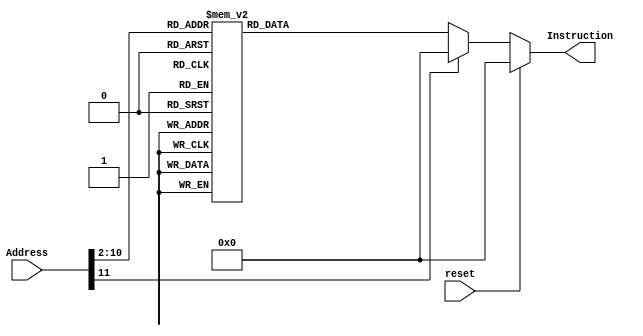
module InstructionMemory(reset, Address, Instruction);
	input reset;
	input [31:0] Address;
	output reg [31:0] Instruction;
	
	always @(*)
	   if(reset)
	       Instruction <= 32'h00000000;
	   else
	       case (Address[11:2])   //2001024
                10'd0: Instruction <= 32'h08000003;
           10'd1: Instruction <= 32'h08000158;
           10'd2: Instruction <= 32'h0800018b;
           10'd3: Instruction <= 32'h201f0014;
           10'd4: Instruction <= 32'h03e00008;
           10'd5: Instruction <= 32'h0000f820;
           10'd6: Instruction <= 32'h20080000;
           10'd7: Instruction <= 32'h3c094000;
           10'd8: Instruction <= 32'h21290008;
           10'd9: Instruction <= 32'had280000;
           10'd10: Instruction <= 32'h200802e2;
           10'd11: Instruction <= 32'hac080000;
           10'd12: Instruction <= 32'h2008177c;
           10'd13: Instruction <= 32'hac080004;
           10'd14: Instruction <= 32'h2008756a;
           10'd15: Instruction <= 32'hac080008;
           10'd16: Instruction <= 32'h20087d9d;
           10'd17: Instruction <= 32'hac08000c;
           10'd18: Instruction <= 32'h20085f7d;
           10'd19: Instruction <= 32'hac080010;
           10'd20: Instruction <= 32'h20086924;
           10'd21: Instruction <= 32'hac080014;
           10'd22: Instruction <= 32'h20082246;
           10'd23: Instruction <= 32'hac080018;
           10'd24: Instruction <= 32'h200808cb;
           10'd25: Instruction <= 32'hac08001c;
           10'd26: Instruction <= 32'h200822ef;
           10'd27: Instruction <= 32'hac080020;
           10'd28: Instruction <= 32'h2008211e;
           10'd29: Instruction <= 32'hac080024;
           10'd30: Instruction <= 32'h20085fb0;
           10'd31: Instruction <= 32'hac080028;
           10'd32: Instruction <= 32'h20085bcb;
           10'd33: Instruction <= 32'hac08002c;
           10'd34: Instruction <= 32'h20085673;
           10'd35: Instruction <= 32'hac080030;
           10'd36: Instruction <= 32'h20081646;
           10'd37: Instruction <= 32'hac080034;
           10'd38: Instruction <= 32'h2008115f;
           10'd39: Instruction <= 32'hac080038;
           10'd40: Instruction <= 32'h2008528a;
           10'd41: Instruction <= 32'hac08003c;
           10'd42: Instruction <= 32'h20081113;
           10'd43: Instruction <= 32'hac080040;
           10'd44: Instruction <= 32'h2008430c;
           10'd45: Instruction <= 32'hac080044;
           10'd46: Instruction <= 32'h20084953;
           10'd47: Instruction <= 32'hac080048;
           10'd48: Instruction <= 32'h20087318;
           10'd49: Instruction <= 32'hac08004c;
           10'd50: Instruction <= 32'h20084c6e;
           10'd51: Instruction <= 32'hac080050;
           10'd52: Instruction <= 32'h20085728;
           10'd53: Instruction <= 32'hac080054;
           10'd54: Instruction <= 32'h200862b7;
           10'd55: Instruction <= 32'hac080058;
           10'd56: Instruction <= 32'h20082cff;
           10'd57: Instruction <= 32'hac08005c;
           10'd58: Instruction <= 32'h200876b9;
           10'd59: Instruction <= 32'hac080060;
           10'd60: Instruction <= 32'h2008118a;
           10'd61: Instruction <= 32'hac080064;
           10'd62: Instruction <= 32'h2008440c;
           10'd63: Instruction <= 32'hac080068;
           10'd64: Instruction <= 32'h200822d4;
           10'd65: Instruction <= 32'hac08006c;
           10'd66: Instruction <= 32'h20086604;
           10'd67: Instruction <= 32'hac080070;
           10'd68: Instruction <= 32'h20087690;
           10'd69: Instruction <= 32'hac080074;
           10'd70: Instruction <= 32'h20080c84;
           10'd71: Instruction <= 32'hac080078;
           10'd72: Instruction <= 32'h2008320b;
           10'd73: Instruction <= 32'hac08007c;
           10'd74: Instruction <= 32'h200810be;
           10'd75: Instruction <= 32'hac080080;
           10'd76: Instruction <= 32'h2008367c;
           10'd77: Instruction <= 32'hac080084;
           10'd78: Instruction <= 32'h200830ac;
           10'd79: Instruction <= 32'hac080088;
           10'd80: Instruction <= 32'h20082d0f;
           10'd81: Instruction <= 32'hac08008c;
           10'd82: Instruction <= 32'h20082f7c;
           10'd83: Instruction <= 32'hac080090;
           10'd84: Instruction <= 32'h20085825;
           10'd85: Instruction <= 32'hac080094;
           10'd86: Instruction <= 32'h20084a4e;
           10'd87: Instruction <= 32'hac080098;
           10'd88: Instruction <= 32'h20087b93;
           10'd89: Instruction <= 32'hac08009c;
           10'd90: Instruction <= 32'h20082bf6;
           10'd91: Instruction <= 32'hac0800a0;
           10'd92: Instruction <= 32'h20087bed;
           10'd93: Instruction <= 32'hac0800a4;
           10'd94: Instruction <= 32'h20081f96;
           10'd95: Instruction <= 32'hac0800a8;
           10'd96: Instruction <= 32'h20081522;
           10'd97: Instruction <= 32'hac0800ac;
           10'd98: Instruction <= 32'h20080152;
           10'd99: Instruction <= 32'hac0800b0;
           10'd100: Instruction <= 32'h20084af2;
           10'd101: Instruction <= 32'hac0800b4;
           10'd102: Instruction <= 32'h20082573;
           10'd103: Instruction <= 32'hac0800b8;
           10'd104: Instruction <= 32'h200809fe;
           10'd105: Instruction <= 32'hac0800bc;
           10'd106: Instruction <= 32'h200871a6;
           10'd107: Instruction <= 32'hac0800c0;
           10'd108: Instruction <= 32'h20086689;
           10'd109: Instruction <= 32'hac0800c4;
           10'd110: Instruction <= 32'h20080140;
           10'd111: Instruction <= 32'hac0800c8;
           10'd112: Instruction <= 32'h20080e27;
           10'd113: Instruction <= 32'hac0800cc;
           10'd114: Instruction <= 32'h200834b8;
           10'd115: Instruction <= 32'hac0800d0;
           10'd116: Instruction <= 32'h20086be8;
           10'd117: Instruction <= 32'hac0800d4;
           10'd118: Instruction <= 32'h20084da4;
           10'd119: Instruction <= 32'hac0800d8;
           10'd120: Instruction <= 32'h20083aba;
           10'd121: Instruction <= 32'hac0800dc;
           10'd122: Instruction <= 32'h20080408;
           10'd123: Instruction <= 32'hac0800e0;
           10'd124: Instruction <= 32'h20086022;
           10'd125: Instruction <= 32'hac0800e4;
           10'd126: Instruction <= 32'h200826b7;
           10'd127: Instruction <= 32'hac0800e8;
           10'd128: Instruction <= 32'h2008797c;
           10'd129: Instruction <= 32'hac0800ec;
           10'd130: Instruction <= 32'h20082810;
           10'd131: Instruction <= 32'hac0800f0;
           10'd132: Instruction <= 32'h20081859;
           10'd133: Instruction <= 32'hac0800f4;
           10'd134: Instruction <= 32'h20084166;
           10'd135: Instruction <= 32'hac0800f8;
           10'd136: Instruction <= 32'h20084eb7;
           10'd137: Instruction <= 32'hac0800fc;
           10'd138: Instruction <= 32'h20086aca;
           10'd139: Instruction <= 32'hac080100;
           10'd140: Instruction <= 32'h2008722e;
           10'd141: Instruction <= 32'hac080104;
           10'd142: Instruction <= 32'h20081218;
           10'd143: Instruction <= 32'hac080108;
           10'd144: Instruction <= 32'h20087545;
           10'd145: Instruction <= 32'hac08010c;
           10'd146: Instruction <= 32'h20081373;
           10'd147: Instruction <= 32'hac080110;
           10'd148: Instruction <= 32'h2008707d;
           10'd149: Instruction <= 32'hac080114;
           10'd150: Instruction <= 32'h20084692;
           10'd151: Instruction <= 32'hac080118;
           10'd152: Instruction <= 32'h200800ea;
           10'd153: Instruction <= 32'hac08011c;
           10'd154: Instruction <= 32'h20084f8f;
           10'd155: Instruction <= 32'hac080120;
           10'd156: Instruction <= 32'h20081048;
           10'd157: Instruction <= 32'hac080124;
           10'd158: Instruction <= 32'h20081717;
           10'd159: Instruction <= 32'hac080128;
           10'd160: Instruction <= 32'h20087ae7;
           10'd161: Instruction <= 32'hac08012c;
           10'd162: Instruction <= 32'h20082d2d;
           10'd163: Instruction <= 32'hac080130;
           10'd164: Instruction <= 32'h200869f0;
           10'd165: Instruction <= 32'hac080134;
           10'd166: Instruction <= 32'h200832d4;
           10'd167: Instruction <= 32'hac080138;
           10'd168: Instruction <= 32'h20082ccb;
           10'd169: Instruction <= 32'hac08013c;
           10'd170: Instruction <= 32'h20080a6c;
           10'd171: Instruction <= 32'hac080140;
           10'd172: Instruction <= 32'h200872ab;
           10'd173: Instruction <= 32'hac080144;
           10'd174: Instruction <= 32'h20084b7c;
           10'd175: Instruction <= 32'hac080148;
           10'd176: Instruction <= 32'h20080d8d;
           10'd177: Instruction <= 32'hac08014c;
           10'd178: Instruction <= 32'h20081e3e;
           10'd179: Instruction <= 32'hac080150;
           10'd180: Instruction <= 32'h20087232;
           10'd181: Instruction <= 32'hac080154;
           10'd182: Instruction <= 32'h20080430;
           10'd183: Instruction <= 32'hac080158;
           10'd184: Instruction <= 32'h200804d8;
           10'd185: Instruction <= 32'hac08015c;
           10'd186: Instruction <= 32'h20087e6c;
           10'd187: Instruction <= 32'hac080160;
           10'd188: Instruction <= 32'h200800ba;
           10'd189: Instruction <= 32'hac080164;
           10'd190: Instruction <= 32'h200847a1;
           10'd191: Instruction <= 32'hac080168;
           10'd192: Instruction <= 32'h200878a6;
           10'd193: Instruction <= 32'hac08016c;
           10'd194: Instruction <= 32'h200846da;
           10'd195: Instruction <= 32'hac080170;
           10'd196: Instruction <= 32'h20082126;
           10'd197: Instruction <= 32'hac080174;
           10'd198: Instruction <= 32'h20084978;
           10'd199: Instruction <= 32'hac080178;
           10'd200: Instruction <= 32'h20085910;
           10'd201: Instruction <= 32'hac08017c;
           10'd202: Instruction <= 32'h2008460d;
           10'd203: Instruction <= 32'hac080180;
           10'd204: Instruction <= 32'h20084b7b;
           10'd205: Instruction <= 32'hac080184;
           10'd206: Instruction <= 32'h200836f6;
           10'd207: Instruction <= 32'hac080188;
           10'd208: Instruction <= 32'h20081e64;
           10'd209: Instruction <= 32'hac08018c;
           10'd210: Instruction <= 32'h200852ea;
           10'd211: Instruction <= 32'hac080190;
           10'd212: Instruction <= 32'h20087b94;
           10'd213: Instruction <= 32'hac080194;
           10'd214: Instruction <= 32'h20085ad7;
           10'd215: Instruction <= 32'hac080198;
           10'd216: Instruction <= 32'h20086d79;
           10'd217: Instruction <= 32'hac08019c;
           10'd218: Instruction <= 32'h20082fc0;
           10'd219: Instruction <= 32'hac0801a0;
           10'd220: Instruction <= 32'h20081817;
           10'd221: Instruction <= 32'hac0801a4;
           10'd222: Instruction <= 32'h2008387d;
           10'd223: Instruction <= 32'hac0801a8;
           10'd224: Instruction <= 32'h2008563f;
           10'd225: Instruction <= 32'hac0801ac;
           10'd226: Instruction <= 32'h20081e89;
           10'd227: Instruction <= 32'hac0801b0;
           10'd228: Instruction <= 32'h200845a7;
           10'd229: Instruction <= 32'hac0801b4;
           10'd230: Instruction <= 32'h2008624a;
           10'd231: Instruction <= 32'hac0801b8;
           10'd232: Instruction <= 32'h2008609a;
           10'd233: Instruction <= 32'hac0801bc;
           10'd234: Instruction <= 32'h20080a6d;
           10'd235: Instruction <= 32'hac0801c0;
           10'd236: Instruction <= 32'h20087a5b;
           10'd237: Instruction <= 32'hac0801c4;
           10'd238: Instruction <= 32'h20080f4e;
           10'd239: Instruction <= 32'hac0801c8;
           10'd240: Instruction <= 32'h20085b71;
           10'd241: Instruction <= 32'hac0801cc;
           10'd242: Instruction <= 32'h20086a88;
           10'd243: Instruction <= 32'hac0801d0;
           10'd244: Instruction <= 32'h2008656f;
           10'd245: Instruction <= 32'hac0801d4;
           10'd246: Instruction <= 32'h20083422;
           10'd247: Instruction <= 32'hac0801d8;
           10'd248: Instruction <= 32'h20082202;
           10'd249: Instruction <= 32'hac0801dc;
           10'd250: Instruction <= 32'h200841ed;
           10'd251: Instruction <= 32'hac0801e0;
           10'd252: Instruction <= 32'h20087f3a;
           10'd253: Instruction <= 32'hac0801e4;
           10'd254: Instruction <= 32'h20082313;
           10'd255: Instruction <= 32'hac0801e8;
           10'd256: Instruction <= 32'h20084b78;
           10'd257: Instruction <= 32'hac0801ec;
           10'd258: Instruction <= 32'h200860eb;
           10'd259: Instruction <= 32'hac0801f0;
           10'd260: Instruction <= 32'h20085560;
           10'd261: Instruction <= 32'hac0801f4;
           10'd262: Instruction <= 32'h20087783;
           10'd263: Instruction <= 32'hac0801f8;
           10'd264: Instruction <= 32'h200878bf;
           10'd265: Instruction <= 32'hac0801fc;
           10'd266: Instruction <= 32'h3c094000;
           10'd267: Instruction <= 32'h21290014;
           10'd268: Instruction <= 32'h8d230000;
           10'd269: Instruction <= 32'h20100080;
           10'd270: Instruction <= 32'h201101fc;
           10'd271: Instruction <= 32'h22320004;
           10'd272: Instruction <= 32'h00004020;
           10'd273: Instruction <= 32'h0111602a;
           10'd274: Instruction <= 32'h1180000d;
           10'd275: Instruction <= 32'h21090004;
           10'd276: Instruction <= 32'h0132602a;
           10'd277: Instruction <= 32'h11800008;
           10'd278: Instruction <= 32'h8d0a0000;
           10'd279: Instruction <= 32'h8d2b0000;
           10'd280: Instruction <= 32'h014b602a;
           10'd281: Instruction <= 32'h15800002;
           10'd282: Instruction <= 32'had2a0000;
           10'd283: Instruction <= 32'had0b0000;
           10'd284: Instruction <= 32'h21290004;
           10'd285: Instruction <= 32'h08000114;
           10'd286: Instruction <= 32'h21080004;
           10'd287: Instruction <= 32'h08000111;
           10'd288: Instruction <= 32'h3c094000;
           10'd289: Instruction <= 32'h21290014;
           10'd290: Instruction <= 32'h8d220000;
           10'd291: Instruction <= 32'h00431022;
           10'd292: Instruction <= 32'h200800c0;
           10'd293: Instruction <= 32'h20090710;
           10'd294: Instruction <= 32'had280000;
           10'd295: Instruction <= 32'h200800f9;
           10'd296: Instruction <= 32'had280004;
           10'd297: Instruction <= 32'h200800a4;
           10'd298: Instruction <= 32'had280008;
           10'd299: Instruction <= 32'h200800b0;
           10'd300: Instruction <= 32'had28000c;
           10'd301: Instruction <= 32'h20080099;
           10'd302: Instruction <= 32'had280010;
           10'd303: Instruction <= 32'h20080092;
           10'd304: Instruction <= 32'had280014;
           10'd305: Instruction <= 32'h20080082;
           10'd306: Instruction <= 32'had280018;
           10'd307: Instruction <= 32'h200800f8;
           10'd308: Instruction <= 32'had28001c;
           10'd309: Instruction <= 32'h20080080;
           10'd310: Instruction <= 32'had280020;
           10'd311: Instruction <= 32'h20080090;
           10'd312: Instruction <= 32'had280024;
           10'd313: Instruction <= 32'h20080088;
           10'd314: Instruction <= 32'had280028;
           10'd315: Instruction <= 32'h20080083;
           10'd316: Instruction <= 32'had28002c;
           10'd317: Instruction <= 32'h200800c6;
           10'd318: Instruction <= 32'had280030;
           10'd319: Instruction <= 32'h200800a1;
           10'd320: Instruction <= 32'had280034;
           10'd321: Instruction <= 32'h20080086;
           10'd322: Instruction <= 32'had280038;
           10'd323: Instruction <= 32'h2008008e;
           10'd324: Instruction <= 32'had28003c;
           10'd325: Instruction <= 32'h20080000;
           10'd326: Instruction <= 32'h11120003;
           10'd327: Instruction <= 32'h8d040000;
           10'd328: Instruction <= 32'h21080004;
           10'd329: Instruction <= 32'h08000146;
           10'd330: Instruction <= 32'h3c08ffff;
           10'd331: Instruction <= 32'h00084403;
           10'd332: Instruction <= 32'h2108ff9c;
           10'd333: Instruction <= 32'h3c094000;
           10'd334: Instruction <= 32'had280000;
           10'd335: Instruction <= 32'h3c08ffff;
           10'd336: Instruction <= 32'h00084403;
           10'd337: Instruction <= 32'had280004;
           10'd338: Instruction <= 32'h20080003;
           10'd339: Instruction <= 32'h3c094000;
           10'd340: Instruction <= 32'h21290008;
           10'd341: Instruction <= 32'had280000;
           10'd342: Instruction <= 32'h201b0000;
           10'd343: Instruction <= 32'h1000ffff;
           10'd344: Instruction <= 32'h20080001;
           10'd345: Instruction <= 32'h3c094000;
           10'd346: Instruction <= 32'h21290008;
           10'd347: Instruction <= 32'had280000;
           10'd348: Instruction <= 32'h200a0000;
           10'd349: Instruction <= 32'h136a0006;
           10'd350: Instruction <= 32'h214a0001;
           10'd351: Instruction <= 32'h136a0008;
           10'd352: Instruction <= 32'h214a0001;
           10'd353: Instruction <= 32'h136a000a;
           10'd354: Instruction <= 32'h214a0001;
           10'd355: Instruction <= 32'h136a000c;
           10'd356: Instruction <= 32'h2008000e;
           10'd357: Instruction <= 32'h00084200;
           10'd358: Instruction <= 32'h200b000f;
           10'd359: Instruction <= 32'h08000175;
           10'd360: Instruction <= 32'h2008000d;
           10'd361: Instruction <= 32'h00084200;
           10'd362: Instruction <= 32'h200b00f0;
           10'd363: Instruction <= 32'h08000175;
           10'd364: Instruction <= 32'h2008000b;
           10'd365: Instruction <= 32'h00084200;
           10'd366: Instruction <= 32'h200b0f00;
           10'd367: Instruction <= 32'h08000175;
           10'd368: Instruction <= 32'h20080007;
           10'd369: Instruction <= 32'h00084200;
           10'd370: Instruction <= 32'h200b0f00;
           10'd371: Instruction <= 32'h000b5900;
           10'd372: Instruction <= 32'h08000175;
           10'd373: Instruction <= 32'h004b6024;
           10'd374: Instruction <= 32'h11400004;
           10'd375: Instruction <= 32'h000c6102;
           10'd376: Instruction <= 32'h20010001;
           10'd377: Instruction <= 32'h01415022;
           10'd378: Instruction <= 32'h08000176;
           10'd379: Instruction <= 32'h000c4880;
           10'd380: Instruction <= 32'h21290710;
           10'd381: Instruction <= 32'h8d2a0000;
           10'd382: Instruction <= 32'h010a4020;
           10'd383: Instruction <= 32'h3c094000;
           10'd384: Instruction <= 32'h21290010;
           10'd385: Instruction <= 32'had280000;
           10'd386: Instruction <= 32'h237b0001;
           10'd387: Instruction <= 32'h20080003;
           10'd388: Instruction <= 32'h3c094000;
           10'd389: Instruction <= 32'h21290008;
           10'd390: Instruction <= 32'had280000;
           10'd391: Instruction <= 32'h200a0004;
           10'd392: Instruction <= 32'h176a0001;
           10'd393: Instruction <= 32'h201b0000;
           10'd394: Instruction <= 32'h03400008;
           10'd395: Instruction <= 32'h1000ffff;
           10'd396: Instruction <= 32'h03400008;
                
		      default: Instruction <= 32'h00000000;
		  endcase
endmodule